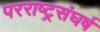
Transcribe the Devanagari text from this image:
परराष्ट्रसंघर्ष